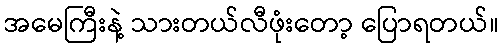
အမေကြီးနဲ့ သားတယ်လီဖုံးတော့ ပြောရတယ်။